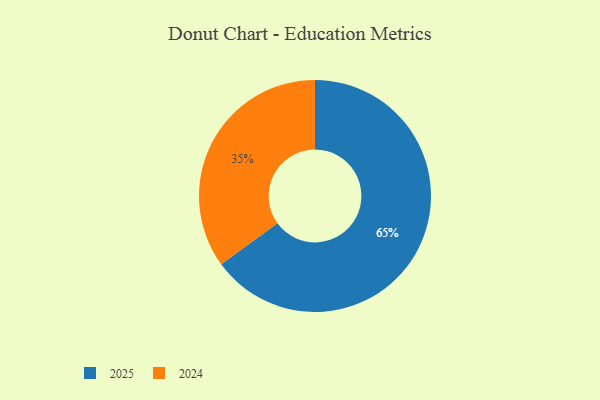
{"axis": {"x": "Category", "y": "Percentage"}, "legend": ["2024", "2025"], "data": [{"x": "2024", "y": 35, "type": "2024"}, {"x": "2025", "y": 65, "type": "2025"}]}